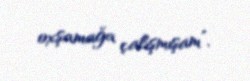
oxşamağa çalışmışam”.